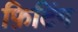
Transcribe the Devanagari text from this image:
फ़िटिंग